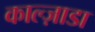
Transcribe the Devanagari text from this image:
काल्ज़ाडा